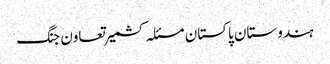
ہندوستان پاکستان مسئلہ کشمیر تعاون جنگ